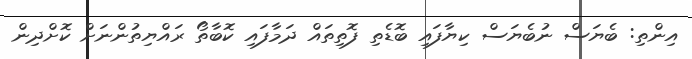
އިންތި: ބެޔަސް ނުބެޔަސް ކިޔާފައި ބޮޑެތި ފޮތިތައް ދަމާފައި ކޮބާތޯ ރައްޔިތުންނަށް ކޮށްދިން